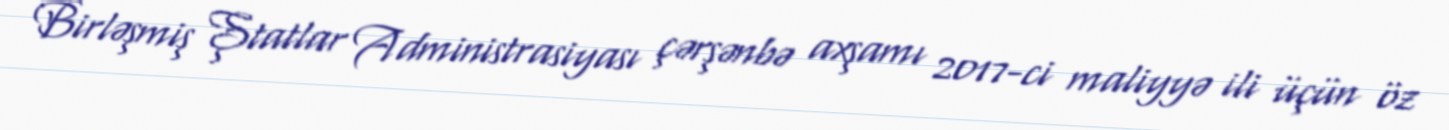
Birləşmiş Ştatlar Administrasiyası çərşənbə axşamı 2017-ci maliyyə ili üçün öz